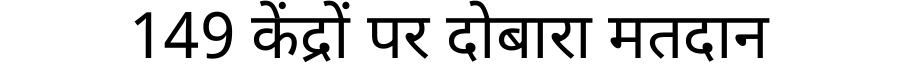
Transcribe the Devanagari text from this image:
149 केंद्रों पर दोबारा मतदान